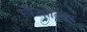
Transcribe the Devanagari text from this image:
स्कैफ़ोल्डर